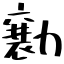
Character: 勷